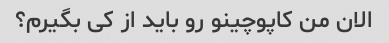
الان من کاپوچینو رو باید از کی بگیرم؟